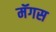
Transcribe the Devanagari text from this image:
मॅगस